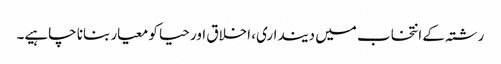
رشتہ کے انتخاب میں دینداری، اخلاق اور حیا کو معیار بنانا چاہیے۔